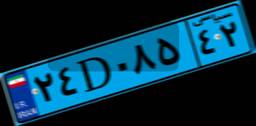
۳۱D۷۴۷۸۶